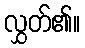
လွှတ်၏။